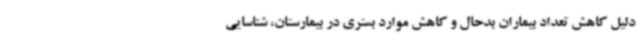
دلیل کاهش تعداد بیماران بدحال و کاهش موارد بستری در بیمارستان، شناسایی